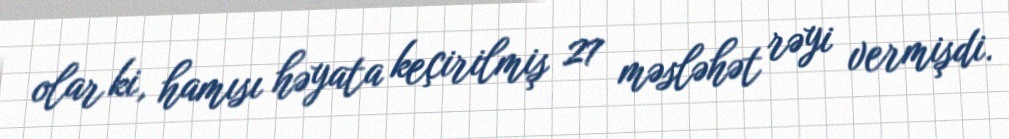
olar ki, hamısı həyata keçirilmiş 27 məsləhət rəyi vermişdi.